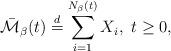
LaTeX: \begin{align*}\bar{\mathcal{M}}_{\beta}(t)\stackrel{d}{=}\sum_{i=1}^{N_{\beta}(t)}X_{i},\ t\ge0,\end{align*}